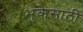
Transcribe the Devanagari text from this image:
भुकेसाठी